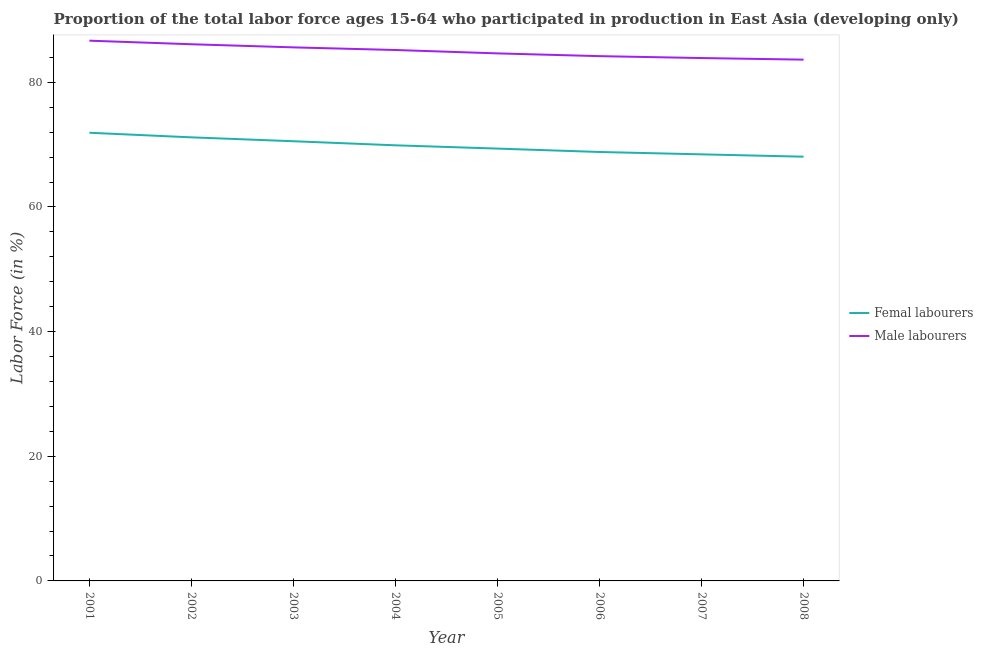
| Year | Femal labourers | Male labourers |
 | --- | --- | --- |
 | 2001 | 71.9 | 86.7 |
 | 2002 | 71.2 | 86.1 |
 | 2003 | 70.5 | 85.6 |
 | 2004 | 69.9 | 85.2 |
 | 2005 | 69.4 | 84.6 |
 | 2006 | 68.8 | 84.2 |
 | 2007 | 68.4 | 83.9 |
 | 2008 | 68.1 | 83.6 |